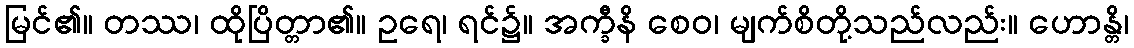
မြင်၏။ တဿ၊ ထိုပြိတ္တာ၏။ ဥရေ၊ ရင်၌။ အက္ခီနိ စေဝ၊ မျက်စိတို့သည်လည်း။ ဟောန္တိ၊